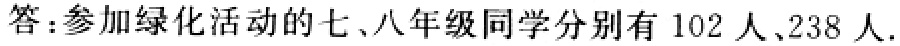
答：参加绿化活动的七、八年级同学分别有 102 人、238 人.